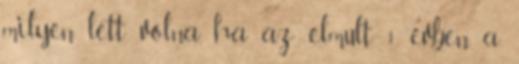
milyen lett volna, ha az elmúlt 1 évben a